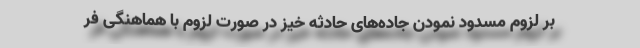
بر لزوم مسدود نمودن جاده‌های حادثه خیز در صورت لزوم با هماهنگی فر